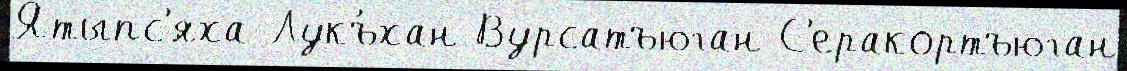
Ятыпс'́яха Лукъ́хан Вурсатъюган С'еракортъюган